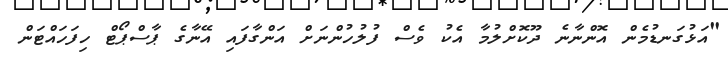
"އަޅުގަނޑުމެން އޮންނާނެ ދޫކޮށްލުމާ އެކު ވެސް ފުލުހުންނަށް އަންގާފައި އޭނާގެ ޕާސްޕޯޓް ހިފަހައްޓަން